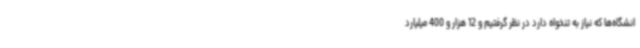
انشگاه‌ها که نیاز به تنخواه دارد در نظر گرفتیم و 12 هزار و 400 میلیارد